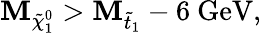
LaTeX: \mathbf{M}_{\tilde{{\chi}}_{1}^{0}}>\mathbf{M}_{\tilde{{t}}_{1}}-6\mathrm{{~GeV}},